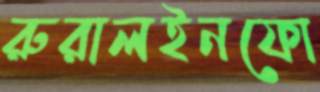
রুরালইনফো